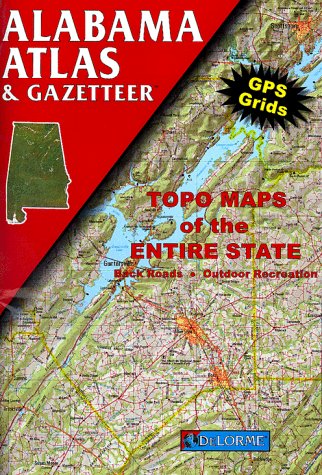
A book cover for Alabama Atlas & Gazetter; DeLorme Mapping Company; Travel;